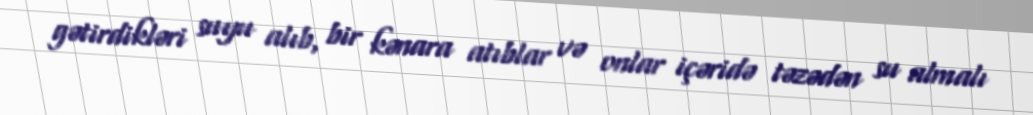
gətirdikləri suyu alıb, bir kənara atıblar və onlar içəridə təzədən su almalı